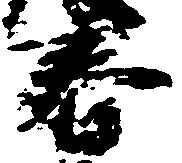
春